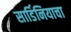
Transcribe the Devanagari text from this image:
सार्डिनियाचा